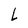
Character: L